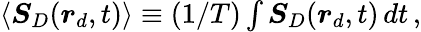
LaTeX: \begin{array}{r}{\langle\boldsymbol{S}_{D}(\boldsymbol{r}_{d},t)\rangle\equiv(1/T)\int\boldsymbol{S}_{D}(\boldsymbol{r}_{d},t)\, dt\, ,}\end{array}